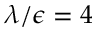
\lambda / \epsilon = 4